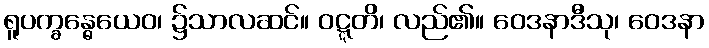
ရူပက္ခန္ဓေယေဝ၊ ၌သာလဆင်။ ဝဋ္ဋတိ၊ လည်၏။ ဝေဒနာဒီသု၊ ဝေဒနာ